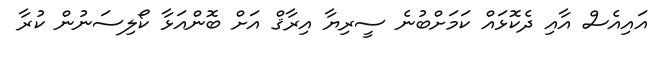
އައިއެސް އާއި ދެކޮޅައް ކަމަށްބުނެ ސީރިޔާ އިރާޤް އަށް ބޮންއަޅާ ކޯލިސަނުން ކުރާ